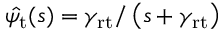
\hat { \psi _ { \mathrm { t } } } ( s ) = \gamma _ { \mathrm { r t } } / \left( s + \gamma _ { \mathrm { r t } } \right)